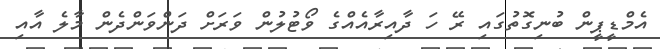
އެމްޑީޕީން ބުނިގޮތުގައި ރޭ ހަ ދާއިރާއެއްގެ ވޯޓުލުން ވަރަށް ދަންވަންދެން މާލެ އާއި